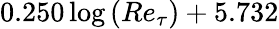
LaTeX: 0.250\log{\left(Re_{\tau}\right)}+5.732